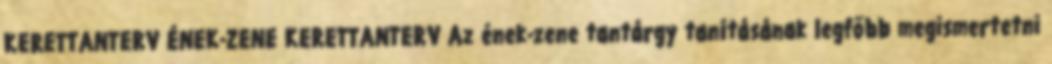
KERETTANTERV ÉNEK-ZENE KERETTANTERV Az ének-zene tantárgy tanításának legfőbb megismertetni